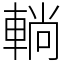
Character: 𨌩